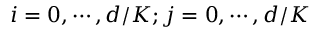
i = 0 , \cdots , d / K ; j = 0 , \cdots , d / K